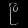
Digit: ၉